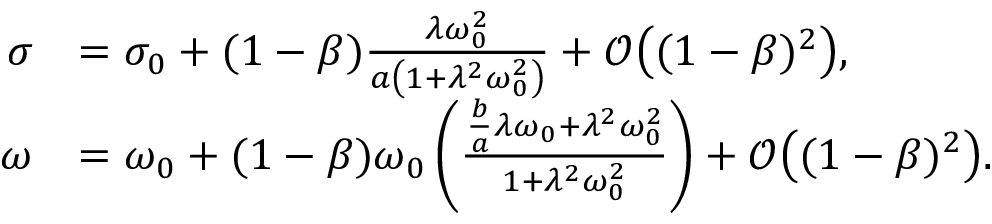
\begin{array} { r l } { \sigma } & { = \sigma _ { 0 } + ( 1 - \beta ) \frac { \lambda \omega _ { 0 } ^ { 2 } } { a \left( 1 + \lambda ^ { 2 } \omega _ { 0 } ^ { 2 } \right) } + \mathcal { O } \bigl ( ( 1 - \beta ) ^ { 2 } \bigr ) , } \\ { \omega } & { = \omega _ { 0 } + ( 1 - \beta ) \omega _ { 0 } \left( \frac { \frac { b } { a } \lambda \omega _ { 0 } + \lambda ^ { 2 } \omega _ { 0 } ^ { 2 } } { 1 + \lambda ^ { 2 } \omega _ { 0 } ^ { 2 } } \right) + \mathcal { O } \bigl ( ( 1 - \beta ) ^ { 2 } \bigr ) . } \end{array}